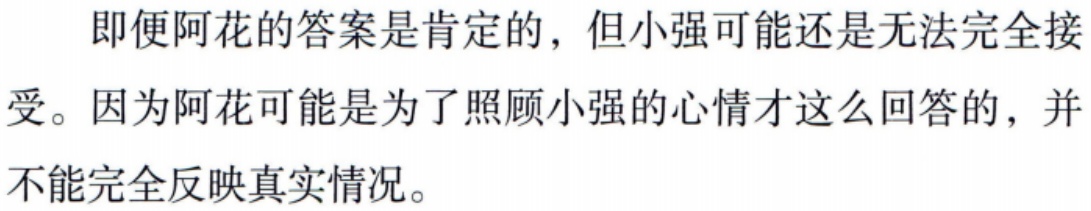
即便阿花的答案是肯定的，但小强可能还是无法完全接受。因为阿花可能是为了照顾小强的心情才这么回答的，并不能完全反映真实情况。